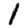
Digit: 1